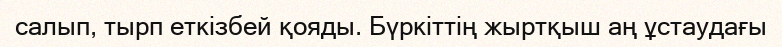
салып, тырп еткізбей қояды. Бүркіттің жыртқыш аң ұстаудағы